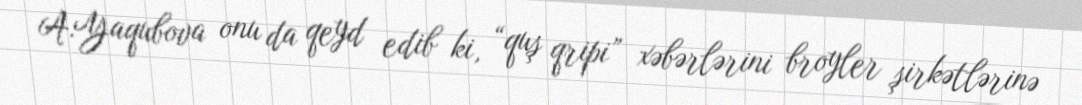
A.Yaqubova onu da qeyd edib ki, “quş qripi” xəbərlərini broyler şirkətlərinə